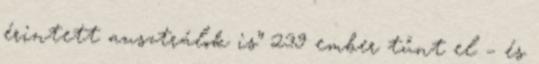
érintett ausztrálok is” 239 ember tűnt el – és